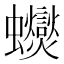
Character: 𲀕